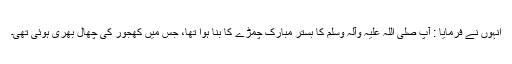
اُنہوں نے فرمایا : آپ صلی اللہ علیہ وآلہ وسلم کا بستر مبارک چمڑے کا بنا ہوا تھا، جس میں کھجور کی چھال بھری ہوئی تھی۔